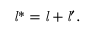
{ { \mathit { l } } ^ { * } } = { \mathit { l } } + { { \mathit { l } } ^ { \prime } } .